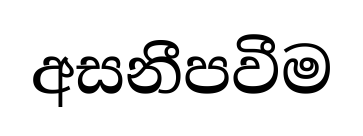
අසනීපවීම